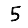
Digit: 5